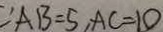
\because A B = 5 , A C = 1 0